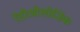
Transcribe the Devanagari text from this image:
रेडीओलोजिक